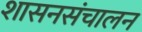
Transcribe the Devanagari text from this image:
शासनसंचालन